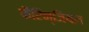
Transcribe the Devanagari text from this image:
फैरिन्जियल